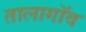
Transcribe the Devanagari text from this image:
तालागॉव